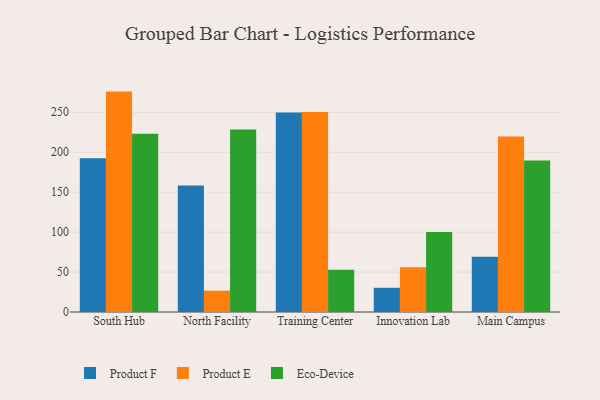
{"axis": {"x": "Campus", "y": "Latency (ms)"}, "legend": ["Eco-Device", "Product E", "Product F"], "data": [{"x": "South Hub", "y": 192.4, "type": "Product F"}, {"x": "South Hub", "y": 275.9, "type": "Product E"}, {"x": "South Hub", "y": 223.0, "type": "Eco-Device"}, {"x": "North Facility", "y": 158.5, "type": "Product F"}, {"x": "North Facility", "y": 26.7, "type": "Product E"}, {"x": "North Facility", "y": 228.4, "type": "Eco-Device"}, {"x": "Training Center", "y": 249.6, "type": "Product F"}, {"x": "Training Center", "y": 250.4, "type": "Product E"}, {"x": "Training Center", "y": 52.9, "type": "Eco-Device"}, {"x": "Innovation Lab", "y": 30.3, "type": "Product F"}, {"x": "Innovation Lab", "y": 56.0, "type": "Product E"}, {"x": "Innovation Lab", "y": 100.1, "type": "Eco-Device"}, {"x": "Main Campus", "y": 69.3, "type": "Product F"}, {"x": "Main Campus", "y": 219.6, "type": "Product E"}, {"x": "Main Campus", "y": 189.8, "type": "Eco-Device"}]}